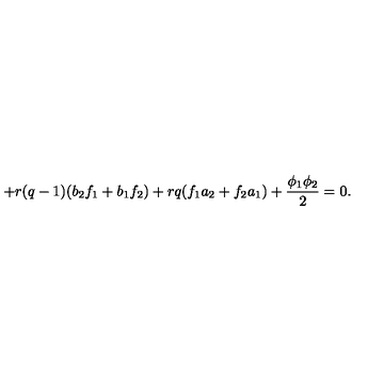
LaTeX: + r ( q - 1 ) ( b _ { 2 } f _ { 1 } + b _ { 1 } f _ { 2 } ) + r q ( f _ { 1 } a _ { 2 } + f _ { 2 } a _ { 1 } ) + \frac { \phi _ { 1 } \phi _ { 2 } } { 2 } = 0 .